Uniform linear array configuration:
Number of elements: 24
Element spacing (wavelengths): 0.75
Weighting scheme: hamming
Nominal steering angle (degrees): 60
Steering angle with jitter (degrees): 61.517
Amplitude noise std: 0.05
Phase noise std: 0.05

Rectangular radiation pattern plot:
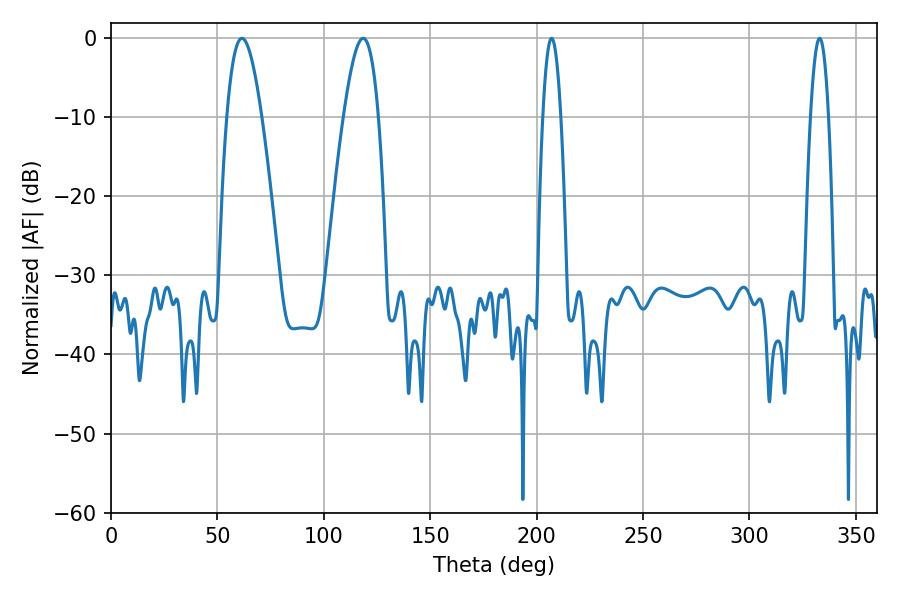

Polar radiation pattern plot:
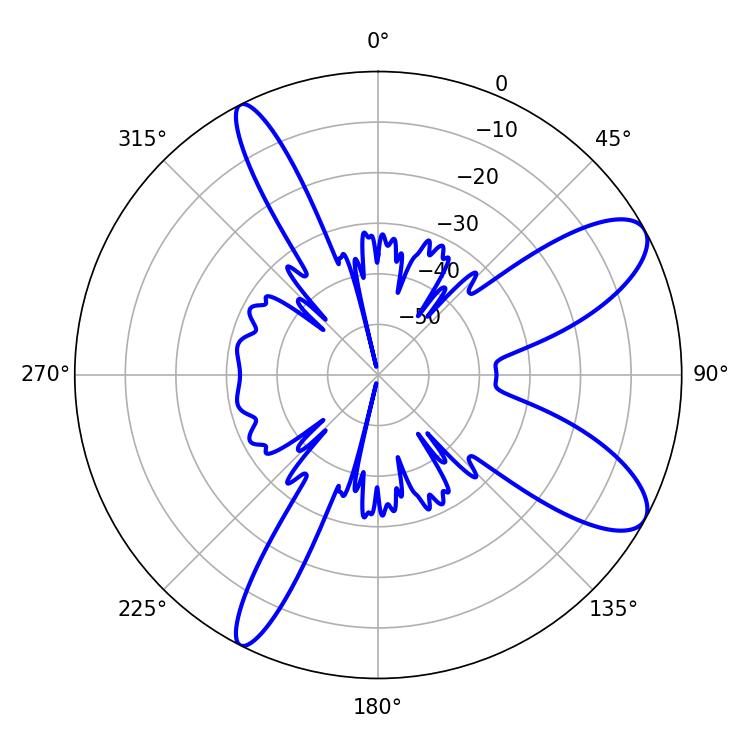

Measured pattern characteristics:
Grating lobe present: TRUE
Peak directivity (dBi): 9.64
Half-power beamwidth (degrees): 8.82
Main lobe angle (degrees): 61.56